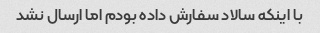
با اینکه سالاد سفارش داده بودم اما ارسال نشد